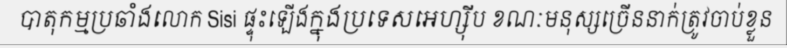
បាតុកម្មប្រឆាំងលោក Sisi ផ្ទុះឡើងក្នុងប្រទេសអេហ្ស៊ីប ខណៈមនុស្សច្រើននាក់ត្រូវចាប់ខ្លួន